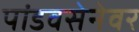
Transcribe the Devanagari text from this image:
पांडवसेनेवर